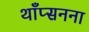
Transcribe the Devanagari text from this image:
थाँप्सनना